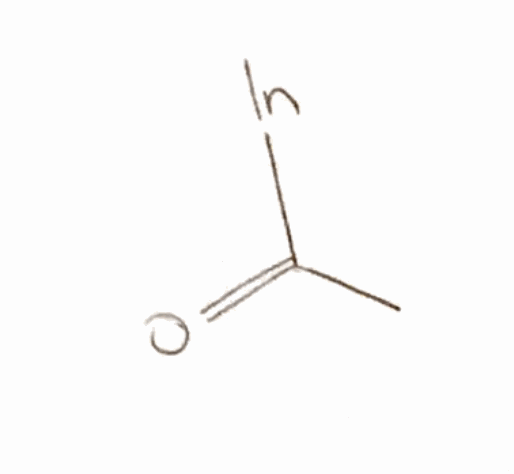
Simplified molecular-input line-entry system (SMILES) notation of the given molecule:
CC(=O)[In]